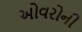
ઓવરોની